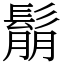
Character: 鬅